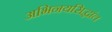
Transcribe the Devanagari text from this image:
अभिनयसिद्धांत